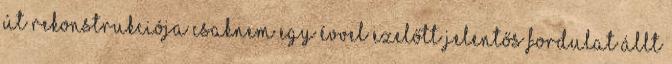
út rekonstrukciója Csaknem egy évvel ezelőtt jelentős fordulat állt